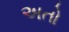
અતો